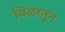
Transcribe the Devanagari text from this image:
बिळातून